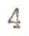
4